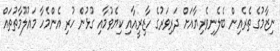
ނިޒާމުގެ ތެރެއިން ބެލެނިވެރިޔާއަށް ދަރިވަރުގެ ހާޒިރީއާއި ކިޔެވުމާއި ގުޅުން ހުރި އެންމެހާ މައުލޫމާތުތައް